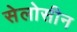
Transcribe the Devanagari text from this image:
सेलोसीन